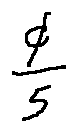
\frac { \phi } { 5 }